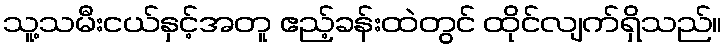
သူ့သမီးငယ်နှင့်အတူ ဧည့်ခန်းထဲတွင် ထိုင်လျက်ရှိသည်။